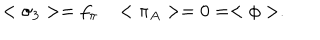
< \sigma _ { 3 } > = f _ { \pi } < \pi _ { A } > = 0 = < \phi > .